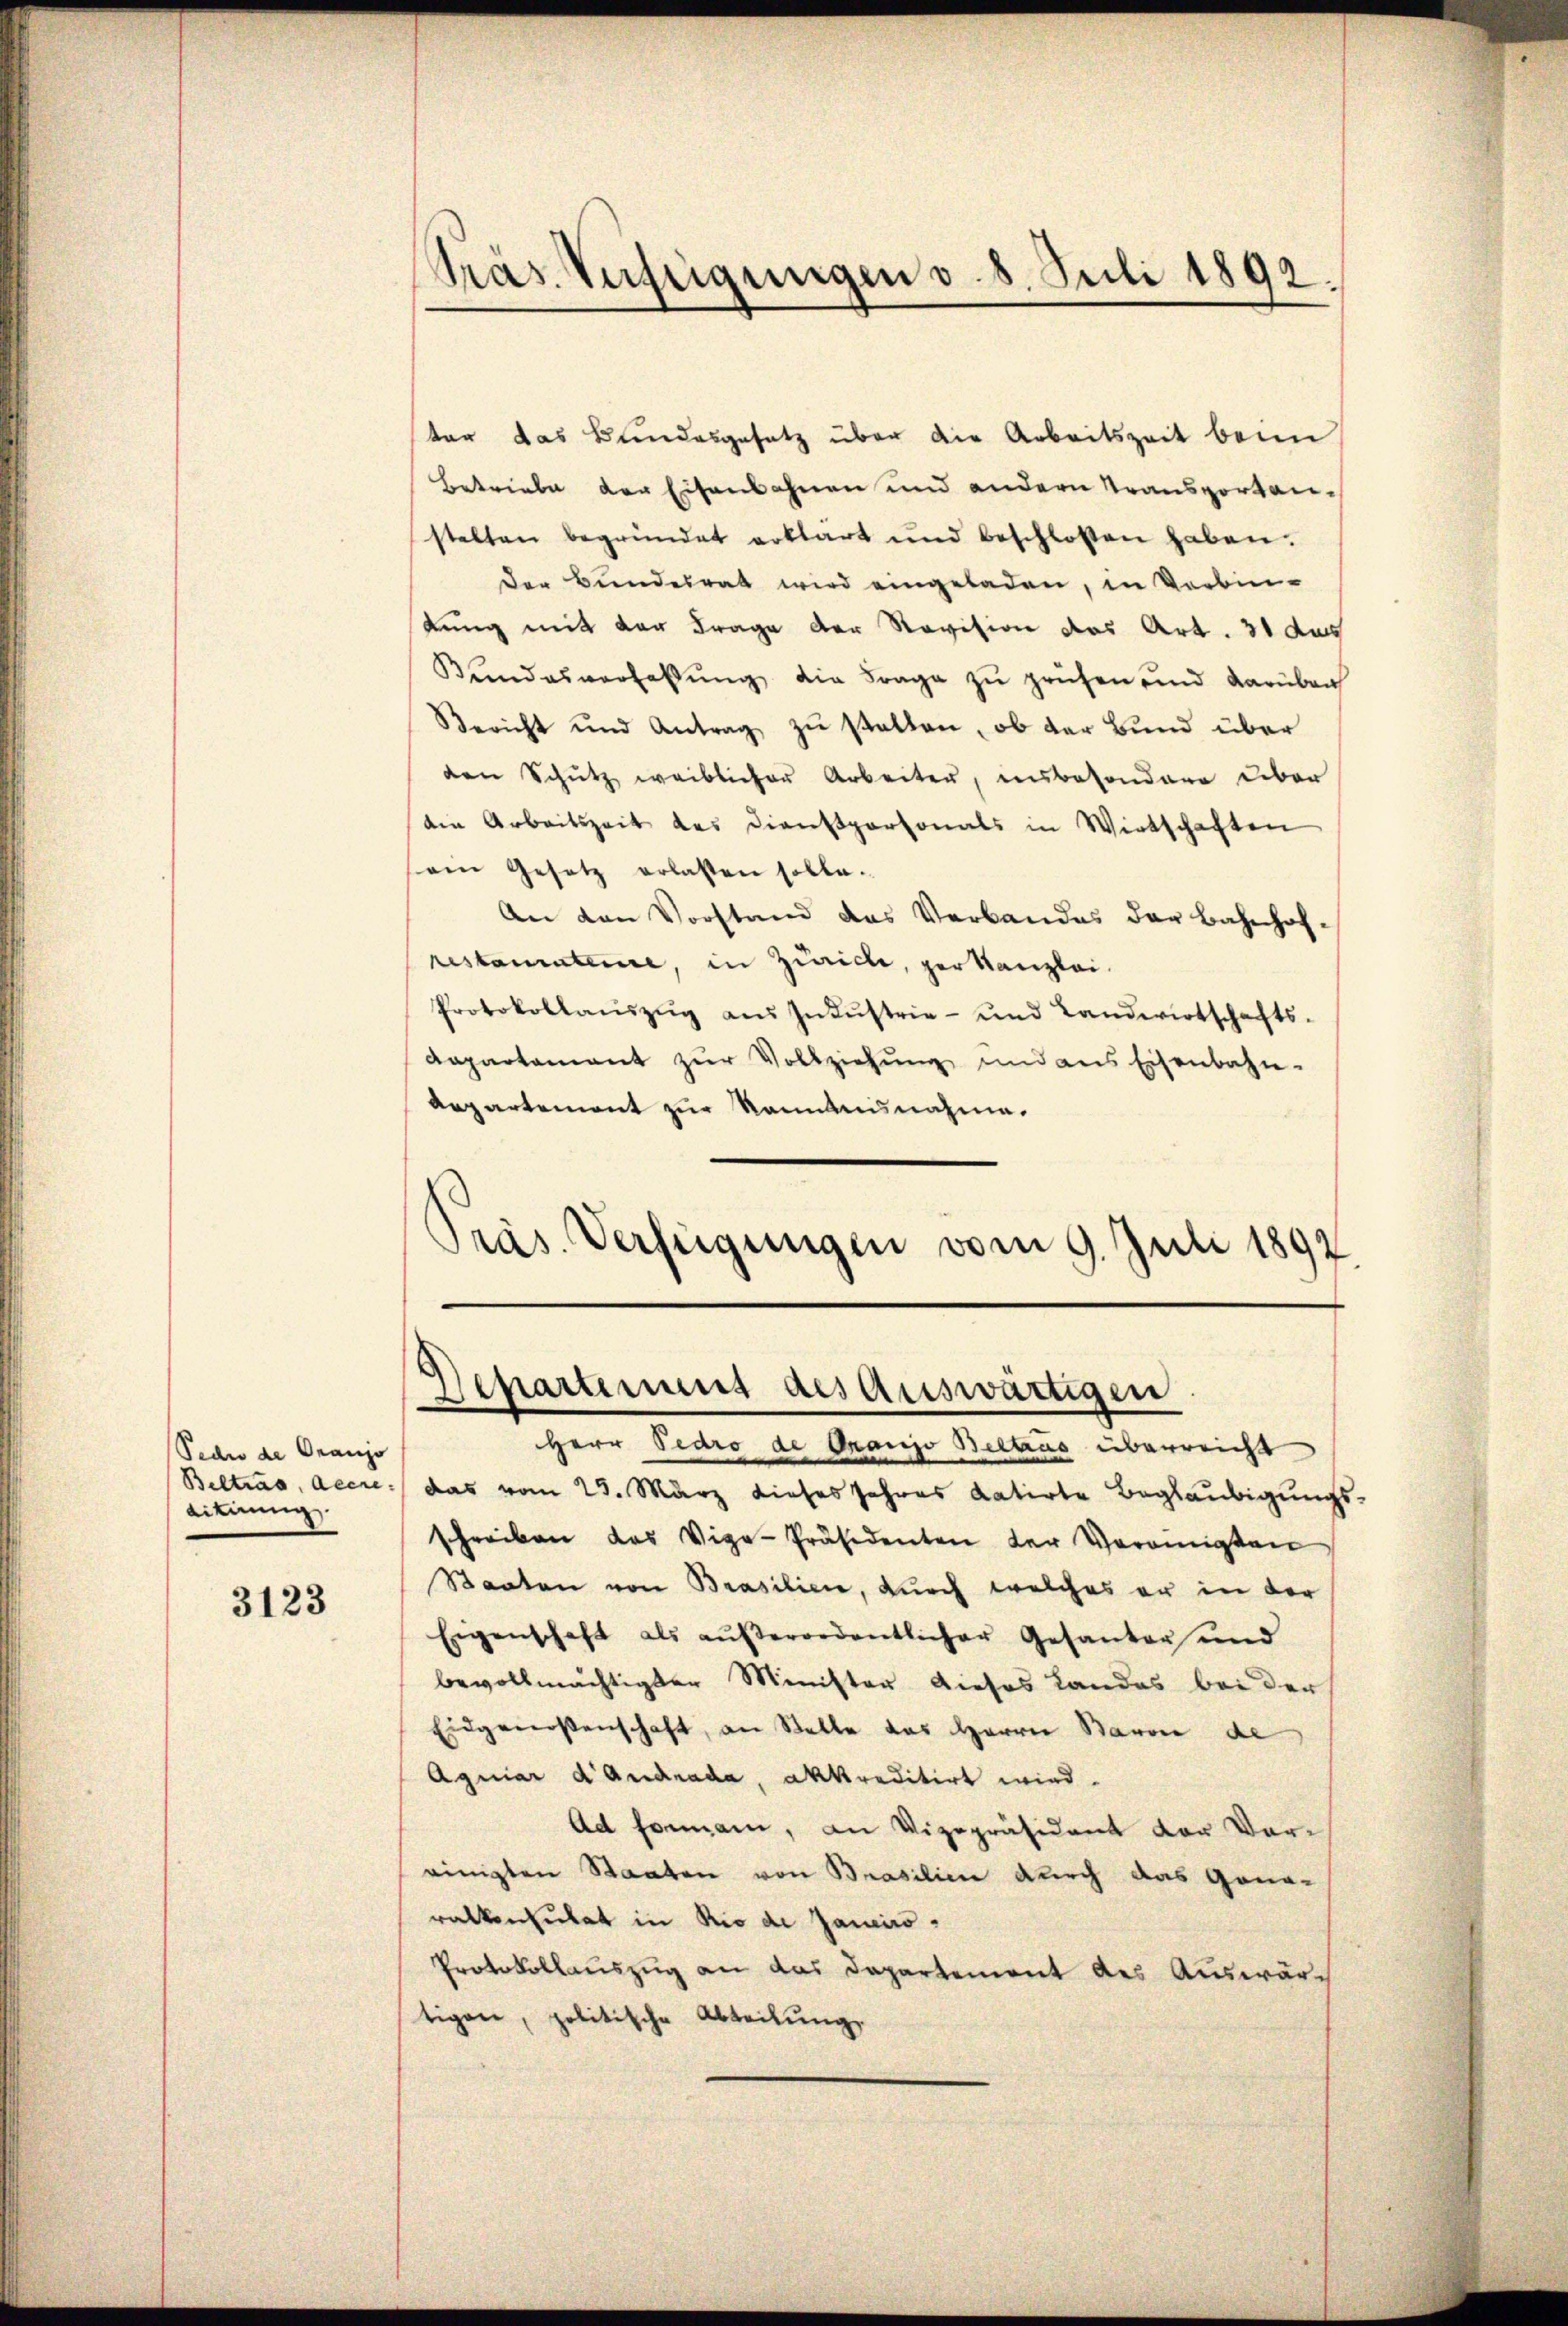
Pedio de Oranjo
dituung.

3123

ter das Bundesgesetz über die Arbeitszeit beim
Betriebe der Eisenbahnen und andern Transportanstalten begründet erklärt und beschlossen haben.
der Bundesrat wird eingeladen, in Vorbin-
dung mit der Frage der Revision das Art. 31 des
Bŭndesverhaltŭng die Frage zŭ prüfen und darüber
Bericht und Antrag zŭ statten, ob der Bund über
den Schŭtz weiblicher Arbeiter, insbesondere über
die Arbeitszeit des Dienstpersonals in Wirtschaften
ein Gesetz erlassen solle.
An den Vorstand das Verbandes der Bahnhof-
restamateure, in Zürich, per Kanzlei.
Protokollaŭszŭg aŭs Indŭstrie- und Landwirtschafts-
Dapartement zur Vollziehung und aus Eisenbahn-
Aepartement zur Kenntnisnahme.
Präs. Verfügungen vom 9. Juli 1892

Präs. Verfügungen v. 8. Juli 1892.

Separtirung des auswärtigen

Herr Pedro de Granjo Betrus überreicht
Beltrag, decre ./ das vom 23. März dieses Jahres datirte Beglaubigungs-
schreiben das Vice-Präsidenten der Vereinigten
Staaten von Brasilien, durch welches er in der
Eigenschaft als aŭβerordentlicher Gesanter und
bevollmächtigter Minister dieses Landes bei der
Eidgenossenschaft, an Stelle des Herrn Baron de
Aquiar d’audrada, akkreditirt wird.
Ad Fornam, an Vizepräsident der Voreinigten Staaten von Brasilien durch das Gonaralkonsulat in Rio de Janeiro
Protokollauszug an das Departement des Auswärtigere, politische Abteilung,